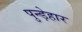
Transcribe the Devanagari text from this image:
पुन्ड़ेहार